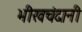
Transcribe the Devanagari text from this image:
भीखचंदानी